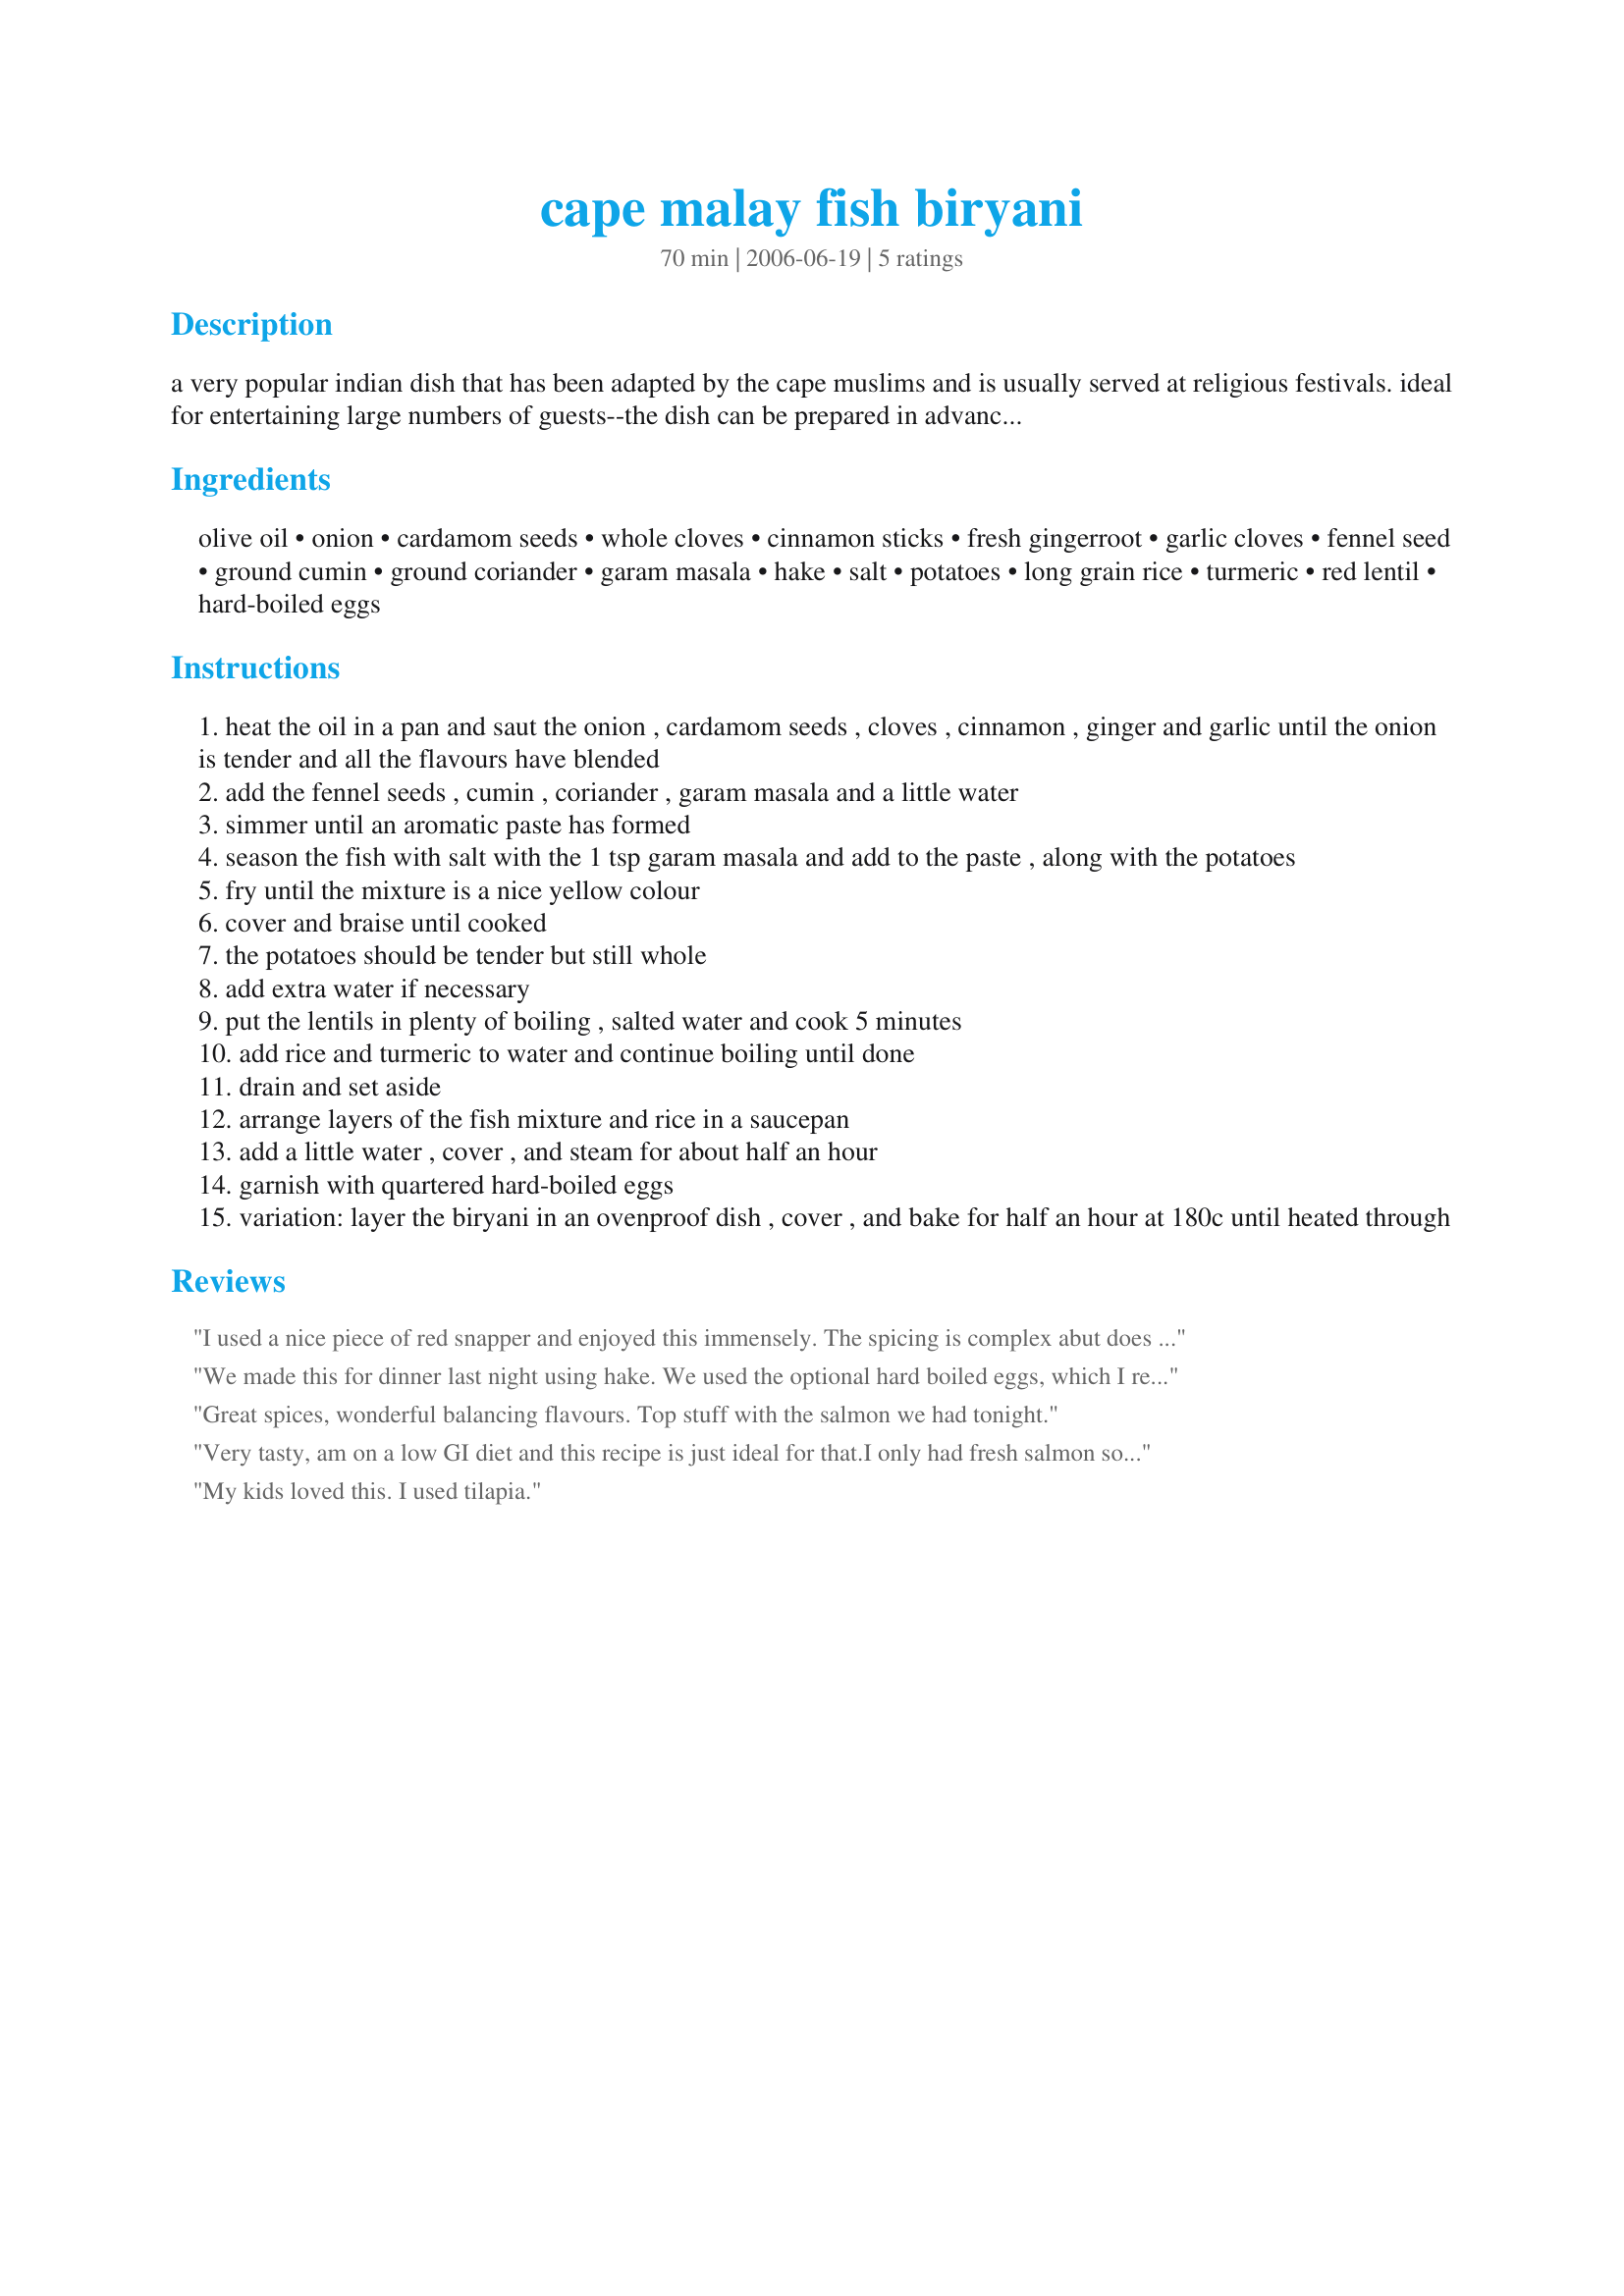
cape malay fish biryani
Preparation time: 70 minutes

a very popular indian dish that has been adapted by the cape muslims and is usually served at religious festivals. ideal for entertaining large numbers of guests--the dish can be prepared in advance and the flavour actually improves with time.

Ingredients:
olive oil, onion, cardamom seeds, whole cloves, cinnamon sticks, fresh gingerroot, garlic cloves, fennel seed, ground cumin, ground coriander, garam masala, hake, salt, potatoes, long grain rice, turmeric, red lentil, hard-boiled eggs

Steps:
heat the oil in a pan and saut the onion , cardamom seeds , cloves , cinnamon , ginger and garlic until the onion is tender and all the flavours have blended
add the fennel seeds , cumin , coriander , garam masala and a little water
simmer until an aromatic paste has formed
season the fish with salt with the 1 tsp garam masala and add to the paste , along with the potatoes
fry until the mixture is a nice yellow colour
cover and braise until cooked
the potatoes should be tender but still whole
add extra water if necessary
put the lentils in plenty of boiling , salted water and cook 5 minutes
add rice and turmeric to water and continue boiling until done
drain and set aside
arrange layers of the fish mixture and rice in a saucepan
add a little water , cover , and steam for about half an hour
garnish with quartered hard-boiled eggs
variation: layer the biryani in an ovenproof dish , cover , and bake for half an hour at 180c until heated through

Reviews:
I used a nice piece of red snapper and enjoyed this immensely. The spicing is complex abut does not overwhelm the flavors of the fish and the rice and lentils. The potatoes are a great textural element. I did garnish with some fresh herbs and a few cherry tomatoes, just to give the dish some color. Thanks, Ev!
We made this for dinner last night using hake. We used the optional hard boiled eggs, which I really enjoyed and would not skip, and the oven method for cooking. We actually preferred the flavor of the dish today when we had leftovers and I enjoyed mine drizzled with olive oil. While this recipe has a long list of ingredients, there is little chopping and prep and it is quite easy to make. We added a generous amount of salt and pepper to our individual servings.
Great spices, wonderful balancing flavours. Top stuff with the salmon we had tonight.
Very tasty, am on a low GI diet and this recipe is just ideal for that.I only had fresh salmon so used that and it was just right, thank you for this lovely recipe from a real non-fish lover!!
My kids loved this. I used tilapia.
